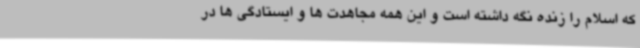
که اسلام را زنده نگه داشته است و این همه مجاهدت ها و ایستادگی ها در